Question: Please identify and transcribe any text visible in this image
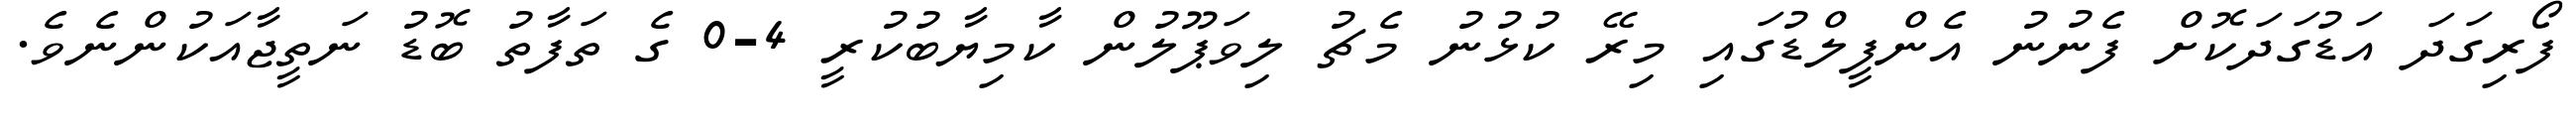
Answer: ފޯރިގަދަ އަޑުގަދަކޮށް ފެނުނު އެންފީލްޑުގައި މިރޭ ކުޅުނު މެޗު ލިވަޕޫލުން ކާމިޔާބުކުރީ 4-0 ގެ ތަފާތު ބޮޑު ނަތީޖާއަކުންނެވެ.